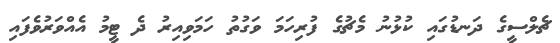
ޗެލްސީގެ ދަނޑުގައި ކުޅުނު މެޗުގެ ފުރިހަމަ ވަގުތު ހަމަވިއިރު ދެ ޓީމު އެއްވަރުވެފައި